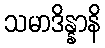
သမာဒိန္နာနိ